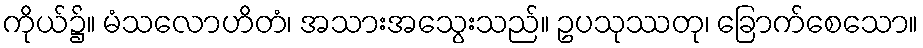
ကိုယ်၌။ မံသလောဟိတံ၊ အသားအသွေးသည်။ ဥပသုဿတု၊ ခြောက်စေသော။